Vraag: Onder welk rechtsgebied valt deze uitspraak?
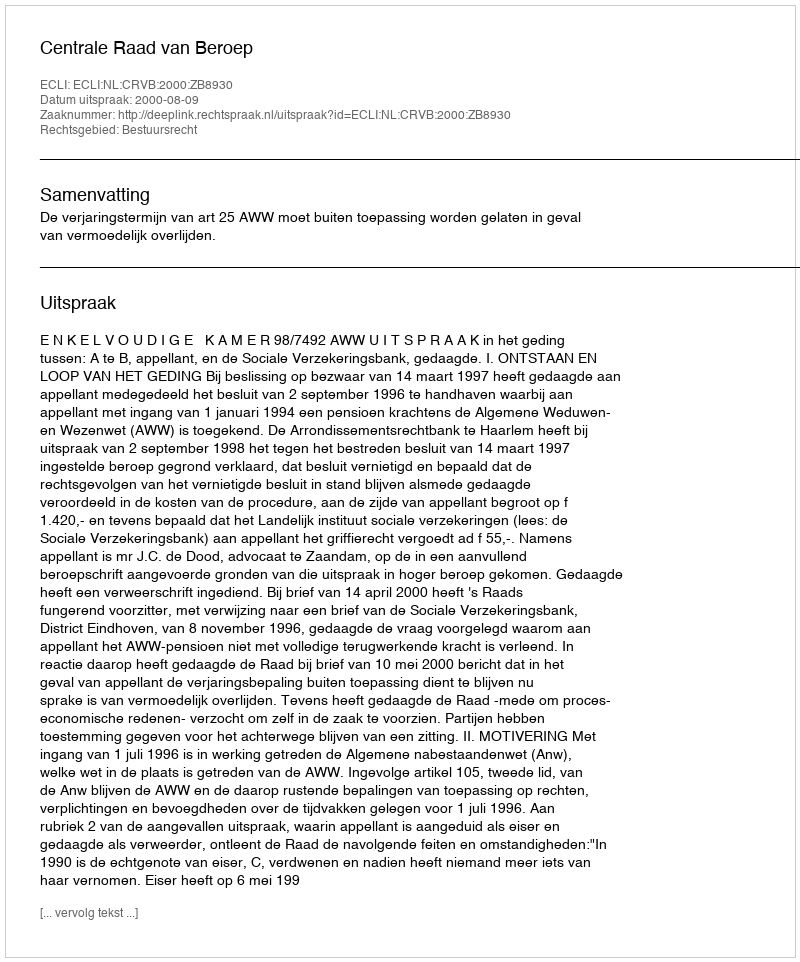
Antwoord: Bestuursrecht